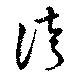
誇